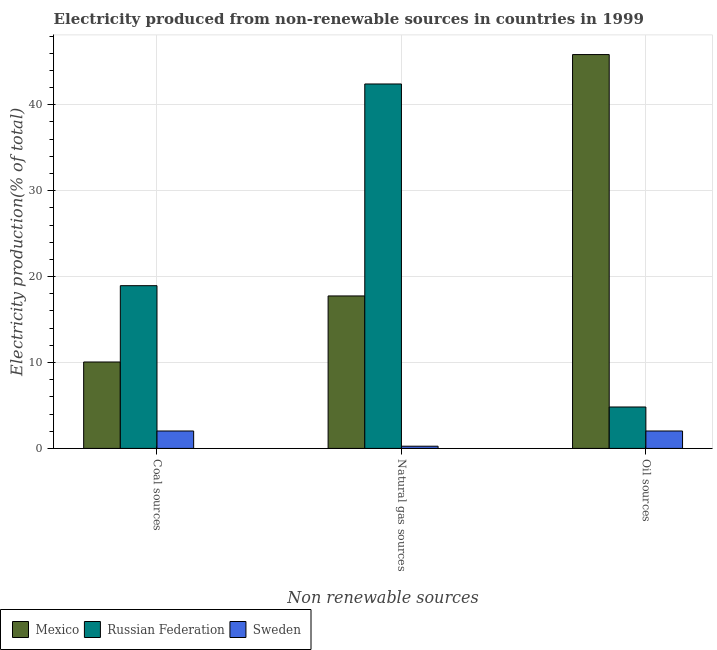
| Non renewable sources | Mexico | Russian Federation | Sweden |
 | --- | --- | --- | --- |
 | Coal sources | 10.1 | 18.9 | 2.03 |
 | Natural gas sources | 17.8 | 42.4 | 0.257 |
 | Oil sources | 45.8 | 4.82 | 2.03 |